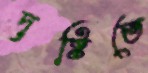
দৃষ্টিতে